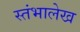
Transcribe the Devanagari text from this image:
स्‍तंभालेख